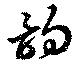
韻